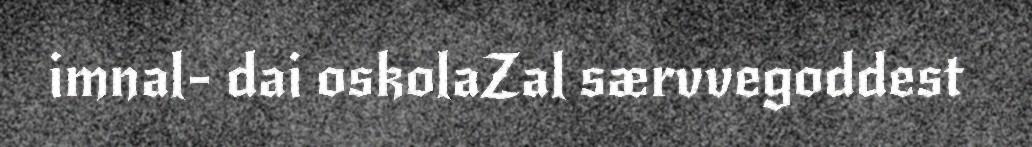
imnal- dai oskolaZal særvvegoddest